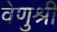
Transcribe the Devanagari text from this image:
वेणुश्री